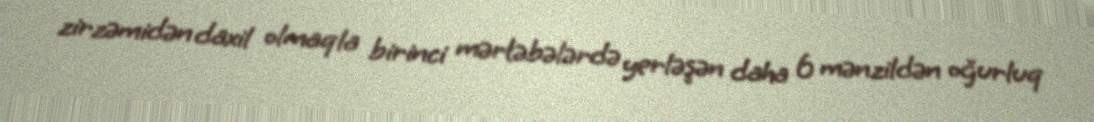
zirzəmidən daxil olmaqla birinci mərtəbələrdə yerləşən daha 6 mənzildən oğurluq